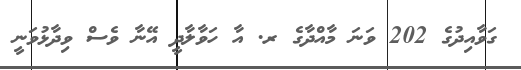
ގަވާއިދުގެ 202 ވަނަ މާއްދާގެ ރ. އާ ހަވާލާދީ އޭނާ ވެސް ވިދާޅުވަނީ